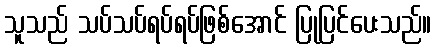
သူသည် သပ်သပ်ရပ်ရပ်ဖြစ်အောင် ပြုပြင်ပေးသည်။